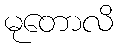
မုတောလိ